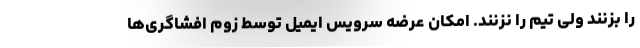
را بزنند ولی تیم را نزنند. امکان عرضه سرویس ایمیل توسط زوم افشاگری‌ها